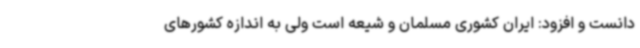
دانست و افزود: ایران کشوری مسلمان و شیعه است ولی به اندازه کشورهای